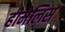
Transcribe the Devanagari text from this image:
हीमेलिस